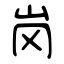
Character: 岗